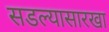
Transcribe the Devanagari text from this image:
सडल्यासारखा